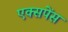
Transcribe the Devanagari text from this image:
एक्सपेंस